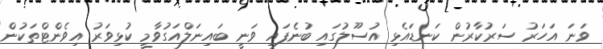
ވަނަ އަހަރު ސަރުކާރުން ކަނޑައެޅި އުސޫލުގައި ބުނެފައި ވަނީ ބައިނަލްއަގުވާމީ ކުޅިވަރު އިވެންޓްތަކުން